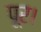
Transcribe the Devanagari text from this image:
पूर।